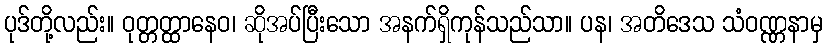
ပုဒ်တို့လည်း။ ဝုတ္တတ္ထာနေဝ၊ ဆိုအပ်ပြီးသော အနက်ရှိကုန်သည်သာ။ ပန၊ အတိဒေသ သံဝဏ္ဏနာမှ